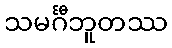
သမင်္ဂီဘူတဿ